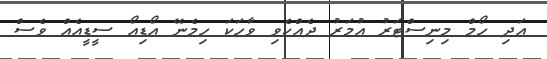
އަދި ހޯމް މިނިސްޓަރު އުމަރު ދެއްކެވި ވާހަކަ ހިމެނޭ އޯޑިއޯ ސީޑީއެއް ވެސް